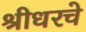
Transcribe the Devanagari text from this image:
श्रीधरचे